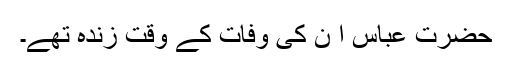
حضرت عباس ؓا ن کی وفات کے وقت زندہ تھے۔